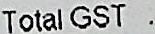
TOTAL GST :